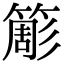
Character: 簓